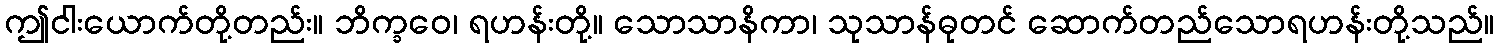
ဤငါးယောက်တို့တည်း။ ဘိက္ခဝေ၊ ရဟန်းတို့။ သောသာနိကာ၊ သုသာန်ဓုတင် ဆောက်တည်သောရဟန်းတို့သည်။